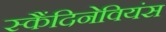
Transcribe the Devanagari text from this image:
स्कैंदिनेवियंस